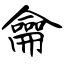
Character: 龠